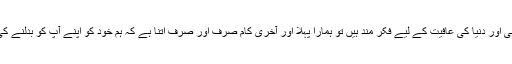
ہم اگر واقعی اپنی اور دنیا کی عافیت کے لیے فکر مند ہیں تو ہمارا پہلا اور آخری کام صرف اور صرف اتنا ہے کہ ہم خود کو اپنے آپ کو بدلنے کی کوشش کریں۔